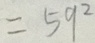
= 5 9 ^ { 2 }